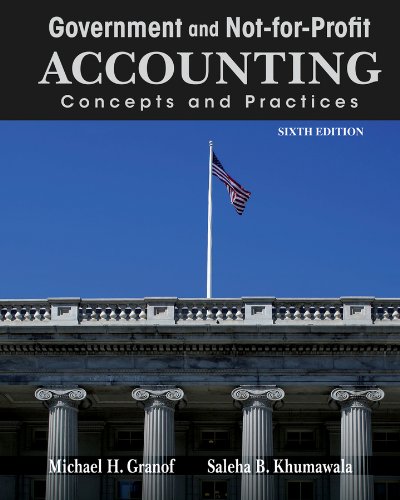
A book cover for Government and Not-for-Profit Accounting: Concepts and Practices; Michael H. Granof; Business & Money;